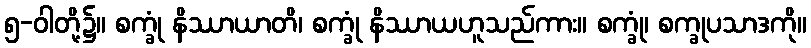
၅-ဝါတို့၌။ စက္ခုံ နိဿာယာတိ၊ စက္ခုံ နိဿာယဟူသည်ကား။ စက္ခုံ၊ စက္ခုပသာဒကို။